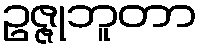
ဥဇ္ဇုဘူတာ